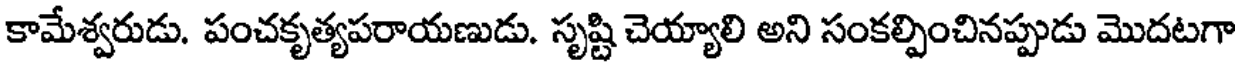
కామేశ్వరుడు. పంచకృత్యపరాయణుడు. సృష్టి చెయ్యాలి అని సంకల్పించినప్పుడు మొదటగా